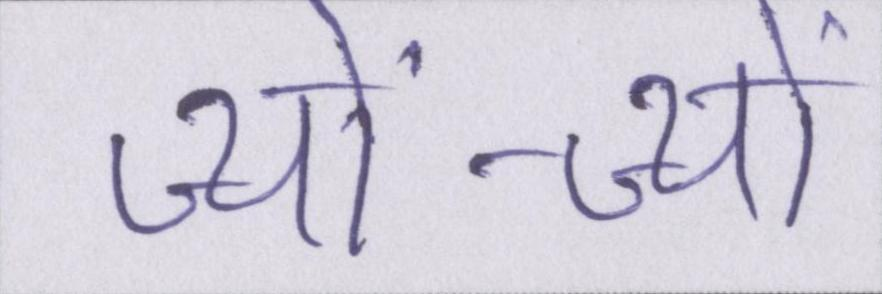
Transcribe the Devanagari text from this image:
ज्यों-ज्यों